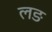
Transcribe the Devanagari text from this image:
लङ